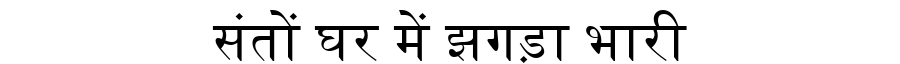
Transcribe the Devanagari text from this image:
संतों घर में झगड़ा भारी